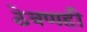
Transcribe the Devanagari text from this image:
ठेवणही